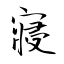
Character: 寢